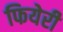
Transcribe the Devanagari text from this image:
फियेरी